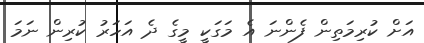
އަށް ކުރިމަތިން ފެންނަ އެ މަގަކީ މީގެ ދެ އަހަރު ކުރިން ނަމަ